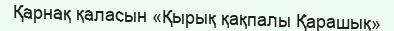
Қарнақ қаласын «Қырық қақпалы Қарашық»